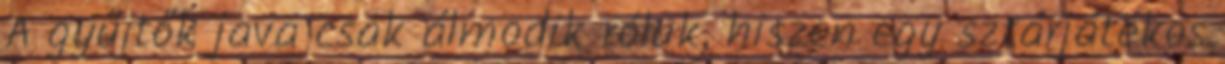
A gyűjtők java csak álmodik róluk, hiszen egy sztárjátékos